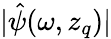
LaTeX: |\hat{\psi}(\omega,z_{q})|